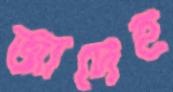
জাদেহ